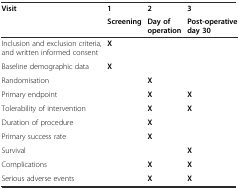
<table><thead><tr><td rowspan="2"><b>Visit</b></td><td><b>1</b></td><td><b>2</b></td><td><b>3</b></td></tr><tr><td><b>Screening</b></td><td><b>Day of operation</b></td><td><b>Post-operative day 30</b></td></tr></thead><tbody><tr><td>Inclusion and exclusion criteria, and written informed consent</td><td><b>X</b></td><td></td><td></td></tr><tr><td>Baseline demographic data</td><td><b>X</b></td><td></td><td></td></tr><tr><td>Randomisation</td><td></td><td><b>X</b></td><td></td></tr><tr><td>Primary endpoint</td><td></td><td><b>X</b></td><td><b>X</b></td></tr><tr><td>Tolerability of intervention</td><td></td><td><b>X</b></td><td><b>X</b></td></tr><tr><td>Duration of procedure</td><td></td><td><b>X</b></td><td></td></tr><tr><td>Primary success rate</td><td></td><td><b>X</b></td><td></td></tr><tr><td>Survival</td><td></td><td></td><td><b>X</b></td></tr><tr><td>Complications</td><td></td><td><b>X</b></td><td><b>X</b></td></tr><tr><td>Serious adverse events</td><td></td><td><b>X</b></td><td><b>X</b></td></tr></tbody></table>